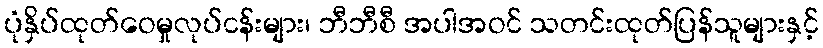
ပုံနှိပ်ထုတ်ဝေမှုလုပ်ငန်းများ၊ ဘီဘီစီ အပါအဝင် သတင်းထုတ်ပြန်သူများနှင့်